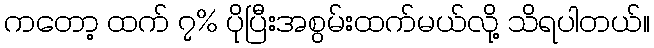
ကတော့ ထက် ၇% ပိုပြီးအစွမ်းထက်မယ်လို့ သိရပါတယ်။